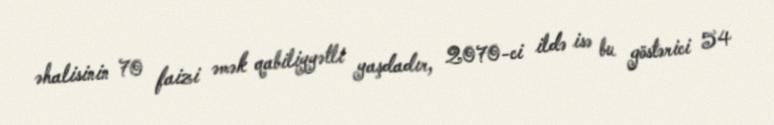
əhalisinin 70 faizi əmək qabiliyyətli yaşdadır, 2070-ci ildə isə bu göstərici 54